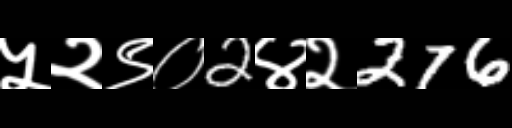
Text: ५२९०2४२276